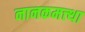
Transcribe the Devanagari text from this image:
नानकमत्त्था